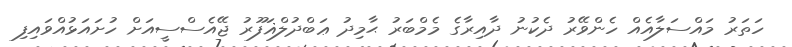
ހަތަރު މައްސަލާއެއް ހެންވޭރު ދެކުނު ދާއިރާގެ މެމްބަރު ޙާމިދު ޢަބްދުލްޣަފޫރު ޖޭއެސްސީއަށް ހުށައަޅުއްވައިފި